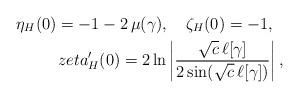
LaTeX: \begin{align*}\eta_{H}(0)=-1-2\,\mu(\gamma), \ \ \ \zeta_{H}(0)=-1, \ \ \\zeta_{H}'(0)=2\ln\left|\frac{\sqrt{c}\,\ell[\gamma]}{2\sin(\sqrt{c}\,\ell[\gamma])}\right|,\end{align*}